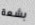
بشعة